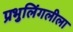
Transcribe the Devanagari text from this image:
प्रभुलिंगलीला